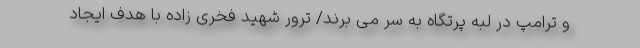
و ترامپ در لبه پرتگاه به سر می برند/ ترور شهید فخری زاده با هدف ایجاد